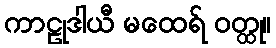
ကာဠုဒါယီ မထေရ် ဝတ္ထု။